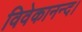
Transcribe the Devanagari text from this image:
विवेकानन्द।